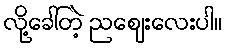
လို့ခေါ်တဲ့ ညဈေးလေးပါ။